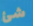
شئ